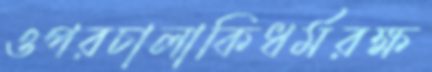
ওপরচালাকিধর্মরক্ষ